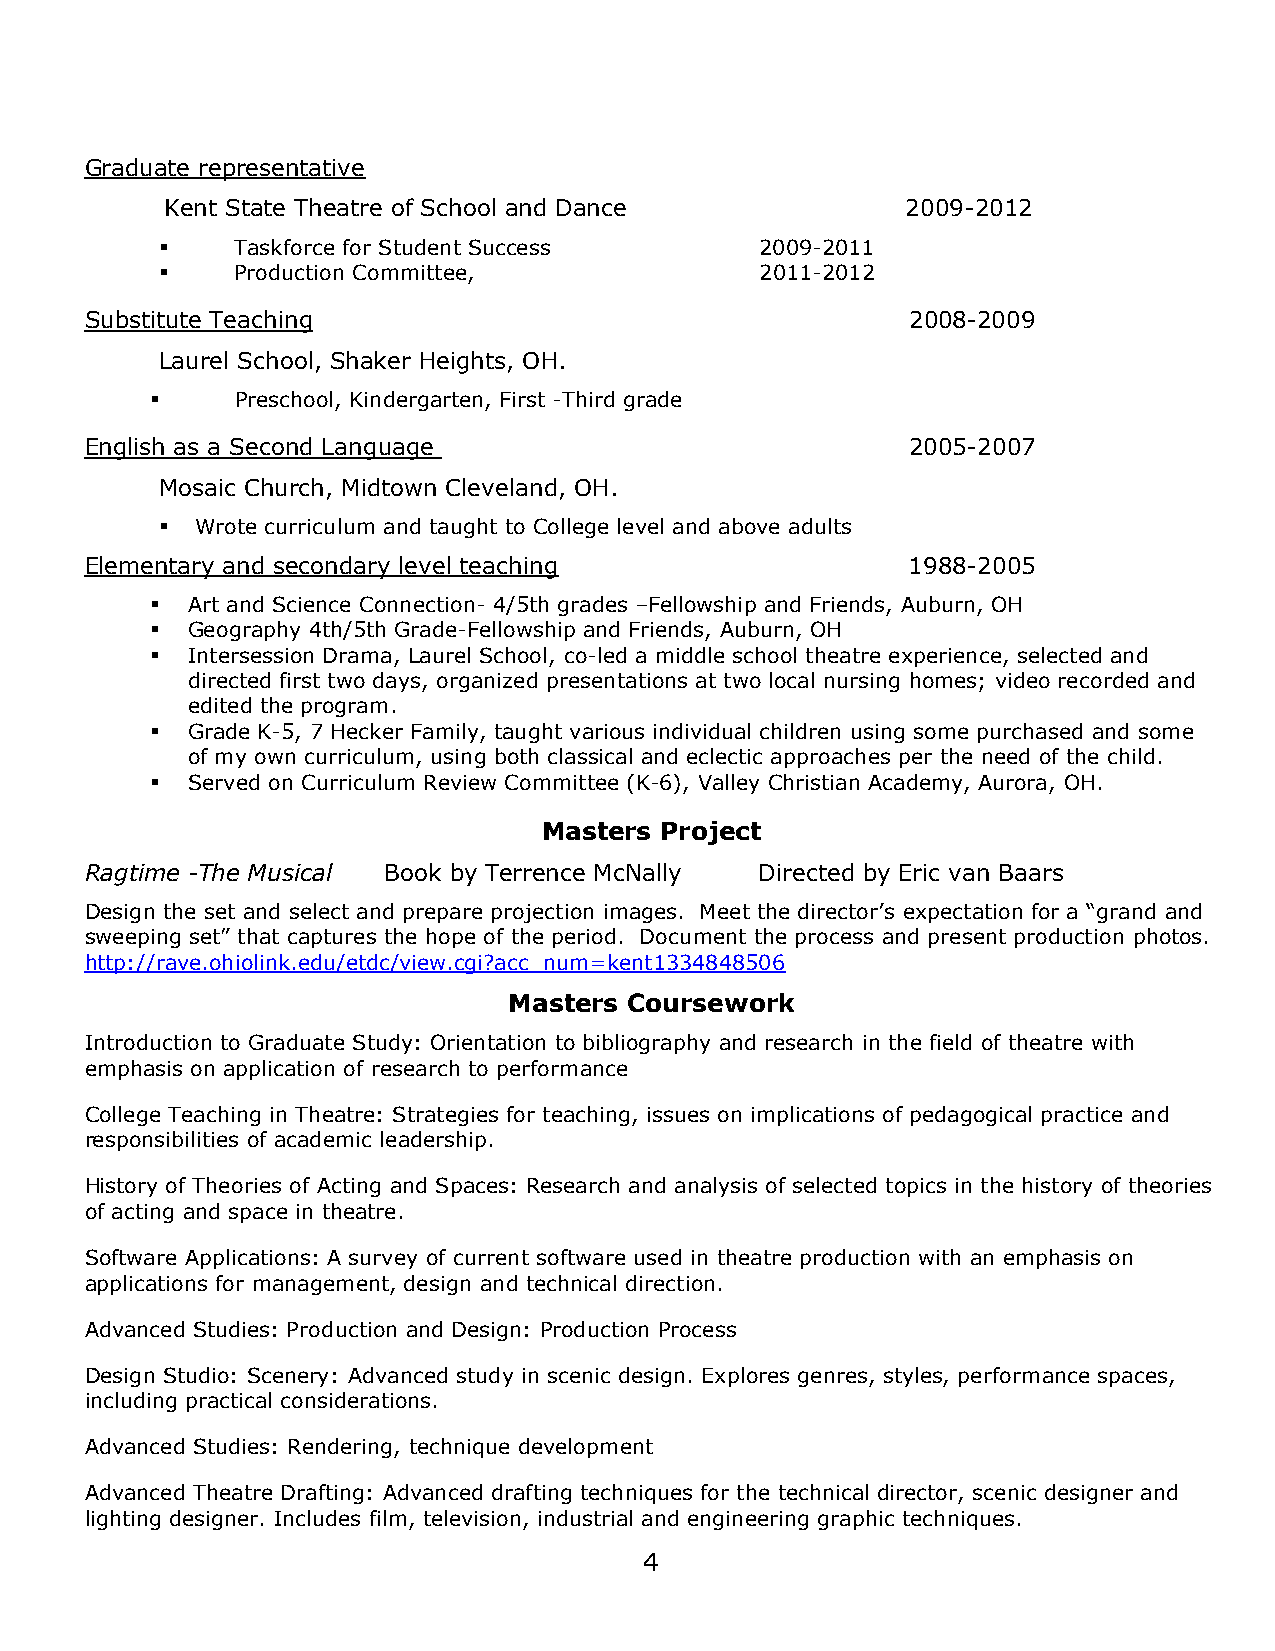
Graduate representative
 Kent State Theatre of School and Dance           2009-2012
     Taskforce for Student Success     2009-2011
     Production Committee,             2011-2012
 Substitute Teaching                                   2008-2009
 Laurel School, Shaker Heights, OH.
      Preschool, Kindergarten, First -Third grade
 English as a Second Language                          2005-2007
 Mosaic Church, Midtown Cleveland, OH.
  Wrote curriculum and taught to College level and above adults
 Elementary and secondary level teaching               1988-2005
  Art and Science Connection- 4/5th grades –Fellowship and Friends, Auburn, OH
  Geography 4th/5th Grade-Fellowship and Friends, Auburn, OH
  Intersession Drama, Laurel School, co-led a middle school theatre experience, selected and
 directed first two days, organized presentations at two local nursing homes; video recorded and
 edited the program.
  Grade K-5, 7 Hecker Family, taught various individual children using some purchased and some
 of my own curriculum, using both classical and eclectic approaches per the need of the child.
  Served on Curriculum Review Committee (K-6), Valley Christian Academy, Aurora, OH.
 Masters Project
 Ragtime -The Musical Book by Terrence McNally Directed by Eric van Baars
 Design the set and select and prepare projection images. Meet the director’s expectation for a “grand and
 sweeping set” that captures the hope of the period. Document the process and present production photos.
 http://rave.ohiolink.edu/etdc/view.cgi?acc_num=kent1334848506
 Masters Coursework
 Introduction to Graduate Study: Orientation to bibliography and research in the field of theatre with
 emphasis on application of research to performance
 College Teaching in Theatre: Strategies for teaching, issues on implications of pedagogical practice and
 responsibilities of academic leadership.
 History of Theories of Acting and Spaces: Research and analysis of selected topics in the history of theories
 of acting and space in theatre.
 Software Applications: A survey of current software used in theatre production with an emphasis on
 applications for management, design and technical direction.
 Advanced Studies: Production and Design: Production Process
 Design Studio: Scenery: Advanced study in scenic design. Explores genres, styles, performance spaces,
 including practical considerations.
 Advanced Studies: Rendering, technique development
 Advanced Theatre Drafting: Advanced drafting techniques for the technical director, scenic designer and
 lighting designer. Includes film, television, industrial and engineering graphic techniques.
 4